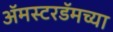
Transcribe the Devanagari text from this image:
अॅमस्टरडॅमच्या